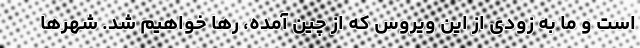
است و ما به زودی از این ویروس که از چین آمده، رها خواهیم شد. شهرها